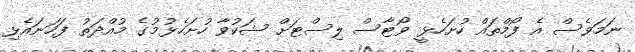
ނަމަވެސް އެ ފޯމްތައް ހުށަހެޅީ ވޯޓާސް ލިސްޓަށް ޝަކުވާ ހުށަހެޅުމުގެ މުއްދަތު ފަހަނައެޅި